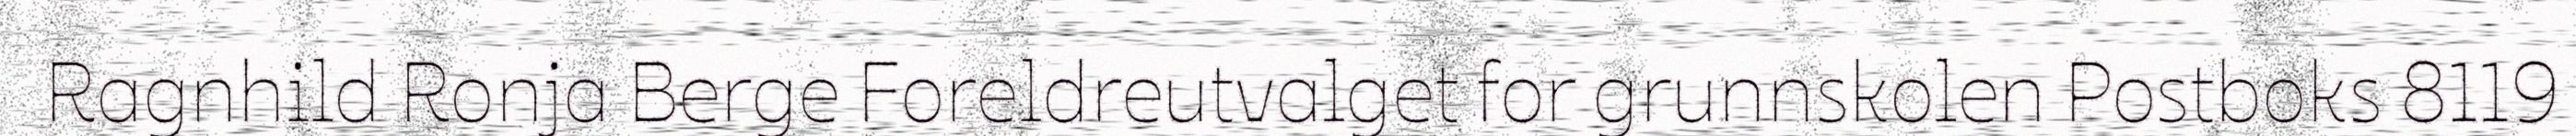
Ragnhild Ronja Berge Foreldreutvalget for grunnskolen Postboks 8119